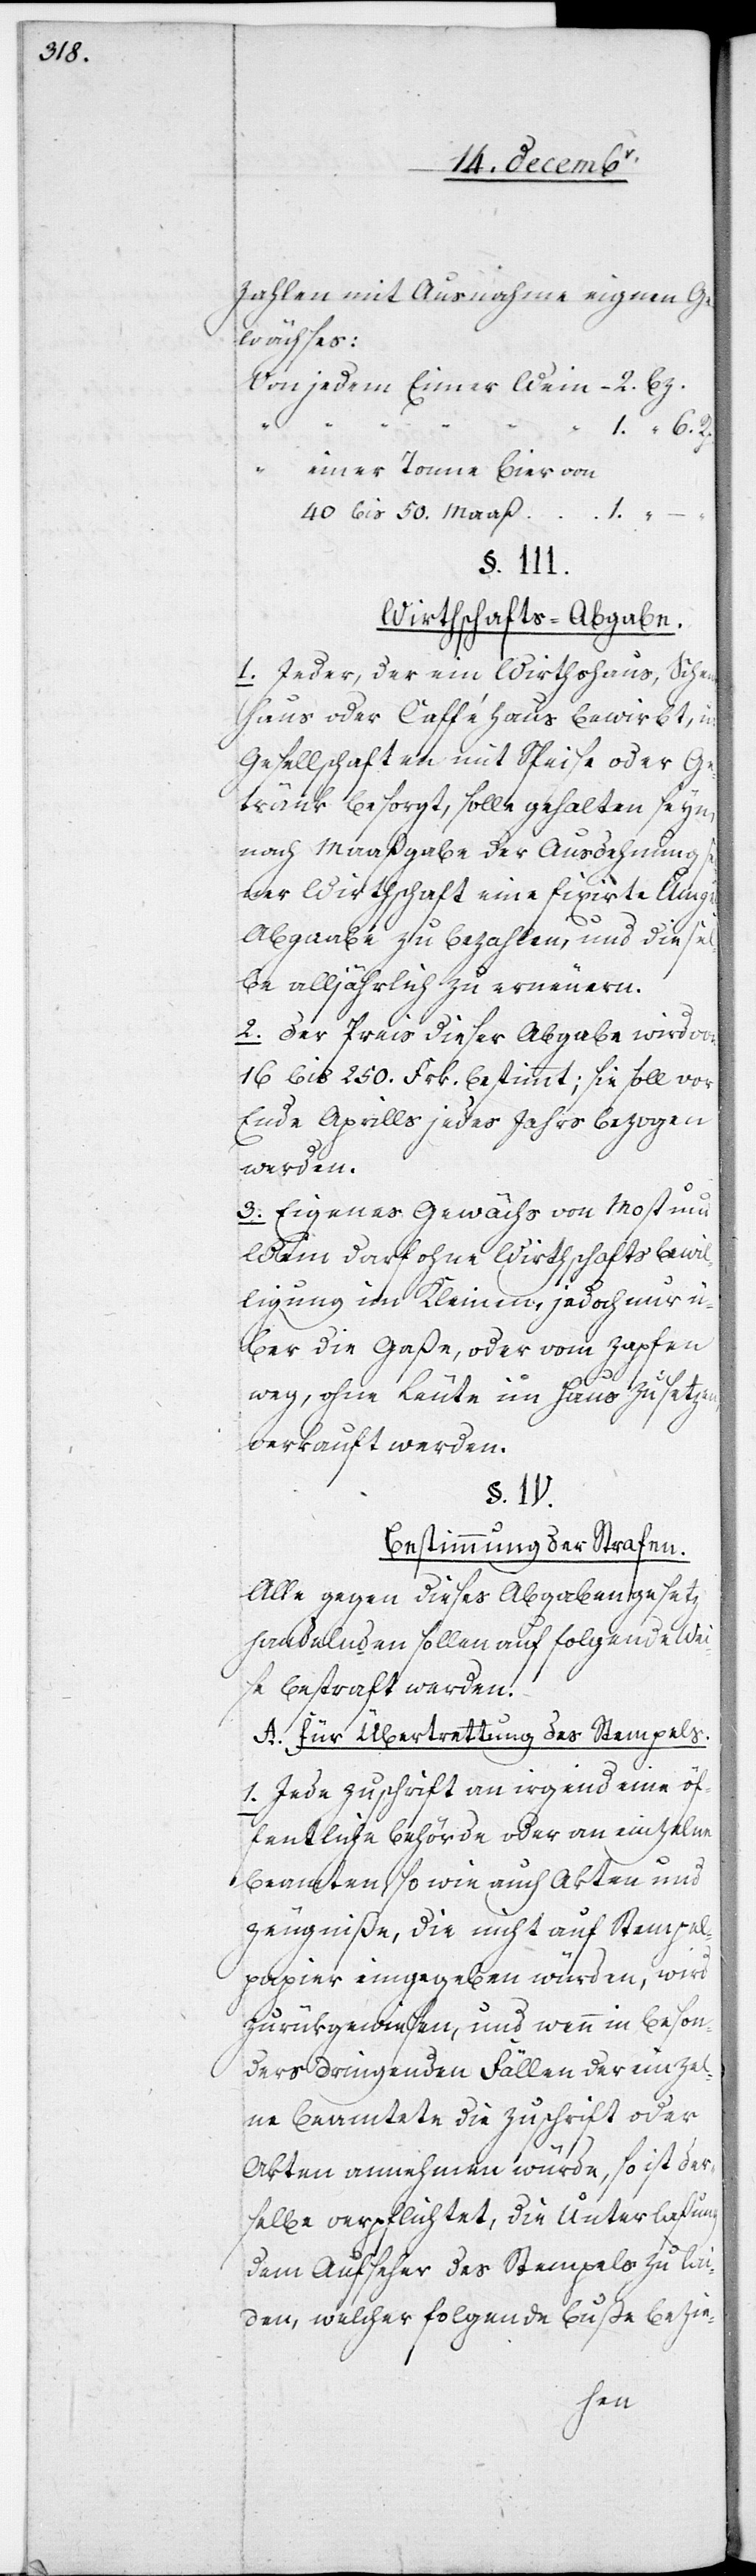
2.

1. “ 6.
zahlen mit Ausnahme eignen Ge¬
wächses:
40 bis 50. Maaß
§. III.
Wirthschafts-Abgabe.
1. Jeder, der ein Wirthshaus, Schen¬
khaus oder Cafféhaus bewirbt, u:
Gesellschaften mit Speise oder Ge¬
tränk besorgt, solle gehalten seyn,
nach Maaßgabe der Ausdehnung
seiner Wirthschaft eine fixirte Umgel¬
d-Abgaabe zu bezahlen, und diese¬
lbe alljährlich zu erneuern.
2. Der Preis dieser Abgabe wird von
16 bis 250. Frk. bestimmt; sie soll vor
Ende Aprills jedes Jahrs bezogen
werden.
3. Eigenes Gewächs von Most und
Wein darf ohne Wirthschaftsbewil¬
ligung im Kleinen, jedoch nur ü¬
ber die Gaße, oder vom Zapfen
weg, ohne Leute im Haus zu setzen,
verkauft werden.
§. IV.
Bestimmung der Strafen.
Alle gegen dieses Abgabengesetz
handelnden sollen auf folgende Wei¬
se bestraft werden.
A. Für Übertrettung des Stempels.
1. Jede Zuschrift an irgend eine öf¬
fentliche Behörde oder an einzelne
Beamten so wie auch Akten und
Zeugniße, die nicht auf Stempel¬
papier eingegeben würden, wird
zurükgewiesen, und wenn in beson¬
ders dringenden Fällen der einzel¬
ne Beamtete die Zuschrift oder
Akten annehmen würde, so ist der¬
selbe verpflichtet, die Unterlaßung
dem Aufseher des Stempels zu lai¬
den, welcher folgende Buße bezie-